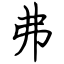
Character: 弗